Civil Veterinary Dept. Bombay admin report 1900-1906 - 1900-1906
Year: 1900
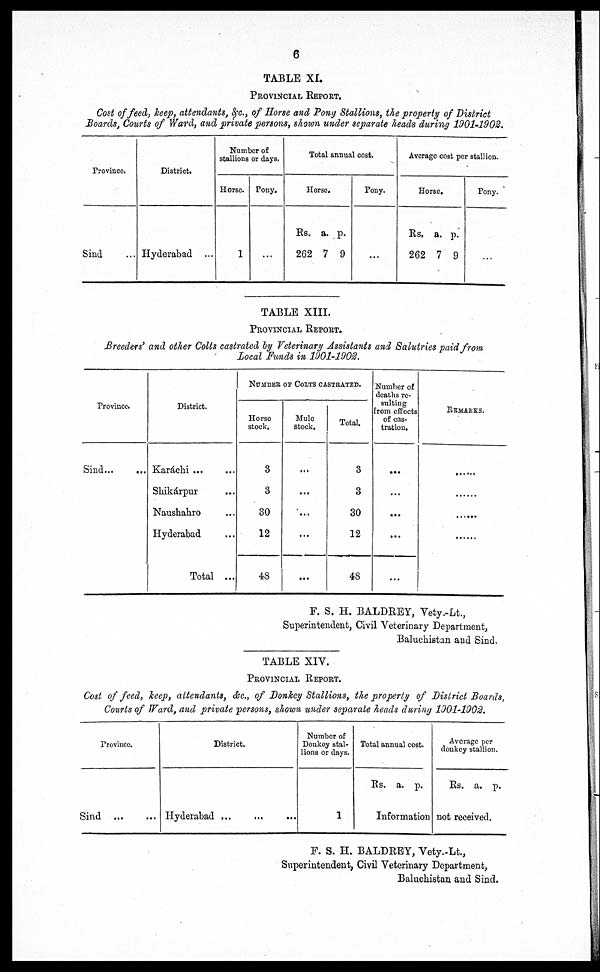
6
TABLE XI.
PROVINCIAL REPORT.
Cost of feed, keep, attendants, &c., of Horse and Pony Stallions, the property of District
Boards, Courts of Ward, and private persons, shown under separate heads during 1901-1902.
Province.
Sind ...
District.
Hyderabad ...
Number of
stallions or days.
Horse.
1
Pony.
...
Total annual cost.
Horse.
Rs.
262
a.
7
p.
9
Pony.
...
Average cost per stallion.
Horse.
Rs.
262
a.
7
p.
9
Pony.
...
TABLE XIII.
PROVINCIAL REPORT.
Breeders' and other Colts castrated by Veterinary Assistants and Salutries paid from
Local Funds in 1901-1902.
Province.
Sind...
...
District.
Karachi ... ...
Shikárpur ...
Naushahro ...
Hyderabad ...
Total ...
NUMBER OF COLTS CASTRATED.
Horse
stock.
3
3
30
12
48
Mule
stock.
...
...
...
...
...
Total
3
3
30
12
48
Number of
deaths re-
sulting
from effects
of cas-
tration.
...
...
...
...
...
REMARKS.
......
......
......
......
F. S. H. BALDREY, Vety.-Lt.,
Superintendent, Civil Veterinary Department,
Baluchistan and Sind.
TABLE XIV.
PROVINCIAL REPORT.
Cost of feed, keep, attendants, &c., of Donkey Stallions, the property of District Boards,
Courts of Ward, and private persons, shown under separate heads during 1901-1902.
Province.
Sind
...
...
District.
Hyderabad
...
...
...
Number of
Donkey stal-
lions or days.
1
Total ann
ual c
ost.
Rs. a. p.
Average per
donkey stalion.
Rs. a. p.
Information not received.
F. S. H. BALDREY, Vety.-Lt.,
Superintendent, Civil Veterinary Department,
Baluchistan and Sind.